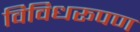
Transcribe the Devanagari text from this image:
विविधरूपण